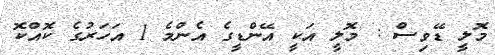
މޮލީ ޑޭވިސް : މޮލީ އަކީ އޭންޑީގެ އެންމެ 1 އަހަރުގެ ކޮއްކޮ